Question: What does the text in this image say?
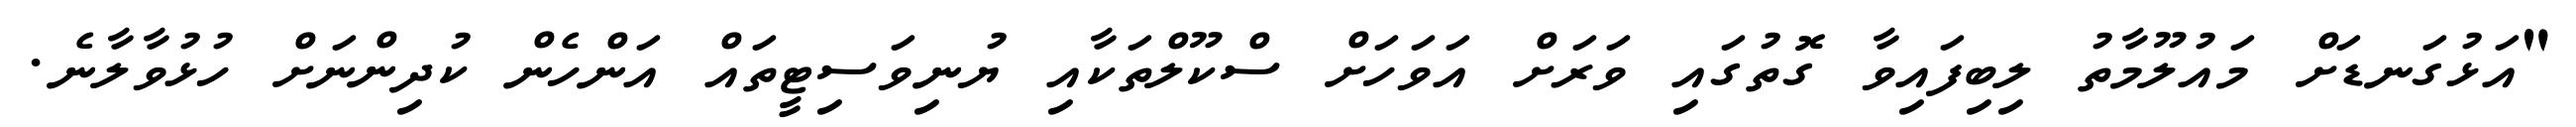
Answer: "އަޅުގަނޑަށް މައުލޫމާތު ލިބިފައިވާ ގޮތުގައި ވަރަށް އަވަހަށް ސްކޫލްތަކާއި ޔުނިވަސިޓީތައް އަންހެން ކުދިންނަށް ހުޅުވާލާނެ.